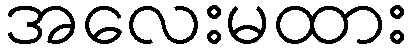
အလေးမထား